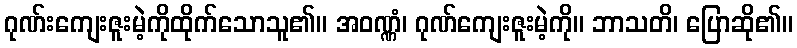
ဂုဏ်းကျေးဇူးမဲ့ကိုထိုက်သောသူ၏။ အဝဏ္ဏံ၊ ဂုဏ်ကျေးဇူးမဲ့ကို။ ဘာသတိ၊ ပြောဆို၏။